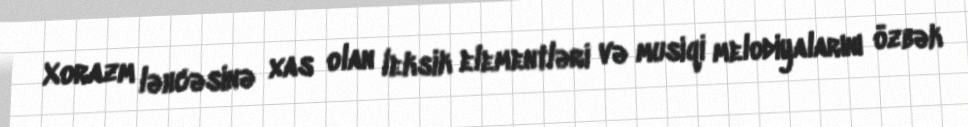
Xorazm ləhcəsinə xas olan leksik elementləri və musiqi melodiyalarını özbək